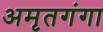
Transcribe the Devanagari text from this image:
अमृतगंगा